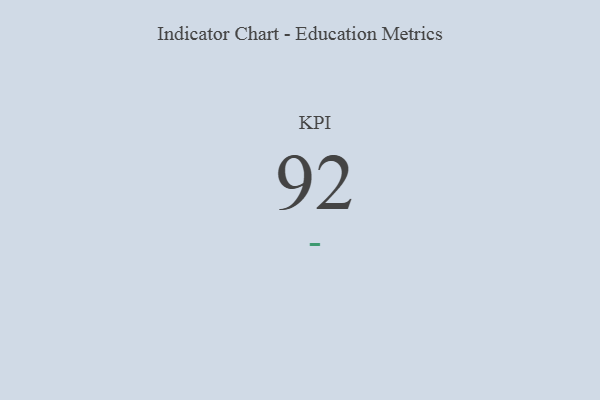
{"axis": {"x": "KPI", "y": "Value"}, "legend": [""], "data": [{"x": "KPI", "y": 92, "type": ""}]}